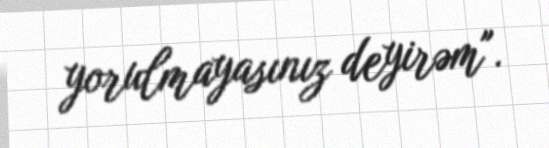
yorulmayasınız deyirəm".